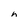
Character: h